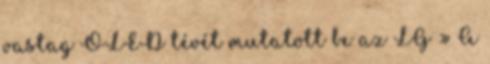
vastag OLED tévét mutatott be az LG » A